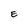
Character: E